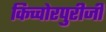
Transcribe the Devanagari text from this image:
किच्चोरपुरीजी